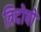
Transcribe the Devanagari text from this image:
त्रिदोषो